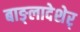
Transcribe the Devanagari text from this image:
बाङ्लादेशेर्